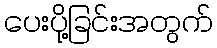
ပေးပို့ခြင်းအတွက်